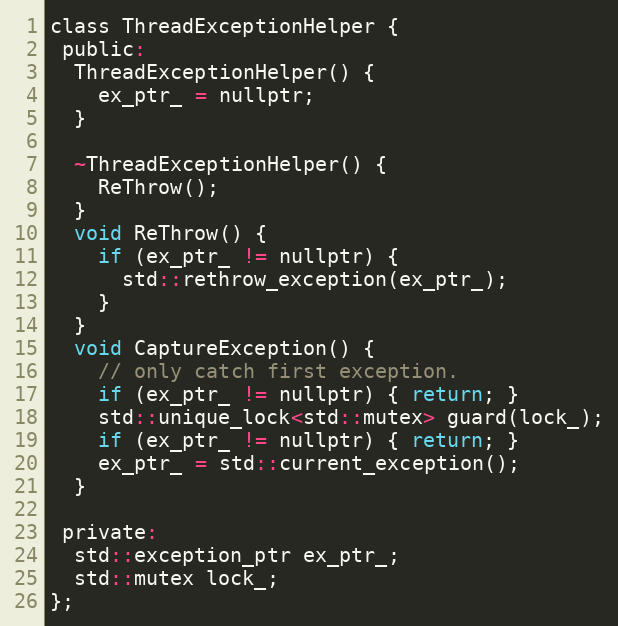
Language: C
class ThreadExceptionHelper {
 public:
  ThreadExceptionHelper() {
    ex_ptr_ = nullptr;
  }

  ~ThreadExceptionHelper() {
    ReThrow();
  }
  void ReThrow() {
    if (ex_ptr_ != nullptr) {
      std::rethrow_exception(ex_ptr_);
    }
  }
  void CaptureException() {
    // only catch first exception.
    if (ex_ptr_ != nullptr) { return; }
    std::unique_lock<std::mutex> guard(lock_);
    if (ex_ptr_ != nullptr) { return; }
    ex_ptr_ = std::current_exception();
  }

 private:
  std::exception_ptr ex_ptr_;
  std::mutex lock_;
};